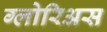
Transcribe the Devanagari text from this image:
ग्लोरिअस